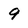
Character: 9